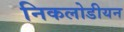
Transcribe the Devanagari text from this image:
निकलोडीयन